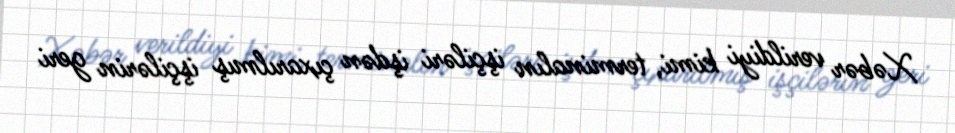
Xəbər verildiyi kimi, terminalın işçiləri işdən çıxarılmış işçilərin geri